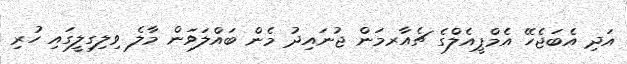
އަދި އެބަޖެހޭ އެމްޕީއެލްގެ ޗެއާރމަން ޖުނައިދު މެން ބައްލަވަން މާލެ ވިލިގިލީގައި ހުރި